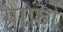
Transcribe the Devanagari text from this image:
ग्राफो